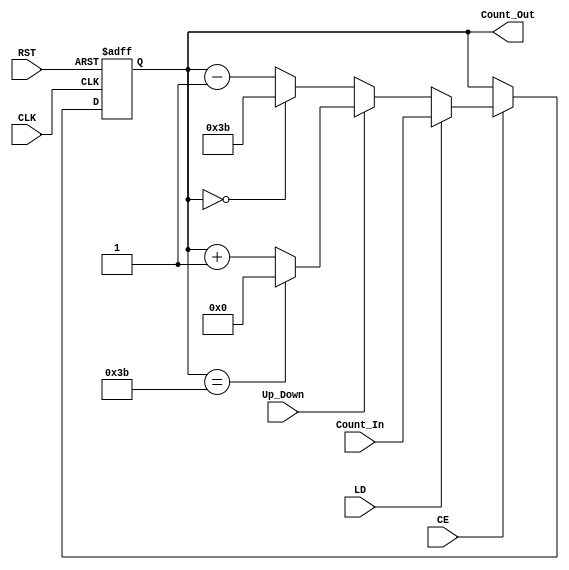
module Counter_Full(
	input							CLK,
	input							RST,
	input							CE,
	input							LD,
	input							Up_Down,
	input				[7:0]		Count_In,
	output	reg	[7:0]		Count_Out
);

always @(posedge CLK or posedge RST) 
begin
	if (RST)
	begin
		Count_Out <= 8'b00000000;
	end
	else if (CE) 
	begin
		if (LD)
		begin
			Count_Out <= Count_In;
		end
		else 
		begin
			if (Up_Down)
			begin
				if (Count_Out == 8'b00111011)	//Valor de tope: 59
				begin
					Count_Out <= 8'b00000000;
				end
				else
				begin
					Count_Out <= Count_Out + 1'b1;
				end
			end 
			else
			begin
				if (Count_Out == 8'b00000000)
				begin
					Count_Out <= 8'b00111011;		//Valor de tope: 59
				end
				else
				begin
					Count_Out <= Count_Out - 1'b1;
				end
			end
		end
	end
end

endmodule